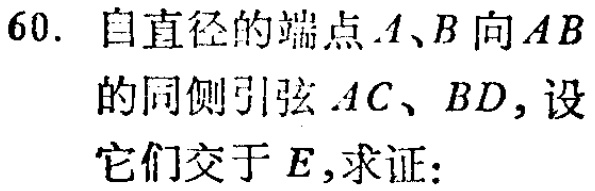
60. 自直径的端点\(A、B\)向\(AB\)的同侧引弦\(AC、BD\)，设它们交于\(E\)，求证：